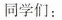
同学们：